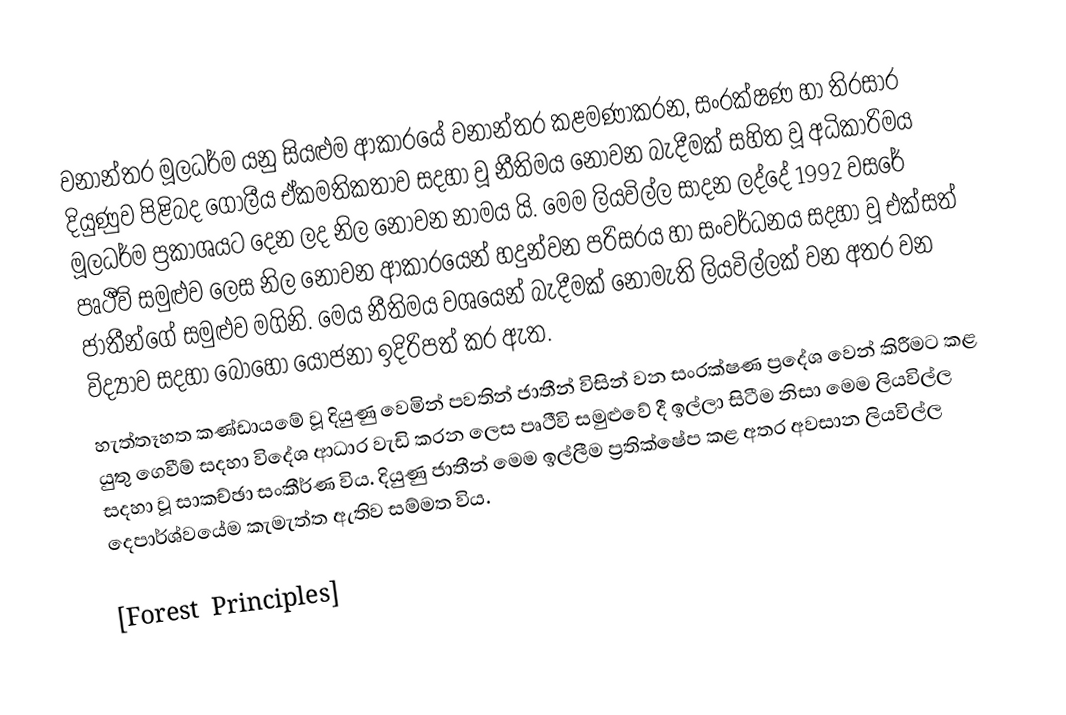
වනාන්තර මූලධර්ම යනු සියළුම ආකාරයේ වනාන්තර කළමණාකරන, සංරක්ෂණ හා තිරසාර දියුණුව පිළිබද ගෝලීය ඒකමතිකතාව සදහා වූ නීතිමය නොවන බැදීමක් සහිත වූ අධිකාරිමය මූලධර්ම ප්‍රකාශයට දෙන ලද නිල නොවන නාමය යි. මෙම ලියවිල්ල සාදන ලද්දේ 1992 වසරේ පෘථීවි සමුළුව ලෙස නිල නොවන ආකාරයෙන් හදුන්වන පරිසරය හා සංවර්ධනය සදහා වූ එක්සත් ජාතීන්ගේ සමුළුව මගිනි. මෙය නීතිමය වශයෙන් බැදීමක් නොමැති ලියවිල්ලක් වන අතර වන විද්‍යාව සදහා බොහෝ යෝජනා ඉදිරිපත් කර ඇත.
හැත්තෑහත කණ්ඩායමේ වූ දියුණු වෙමින් පවතින් ජාතීන් විසින් වන සංරක්ෂණ ප්‍රදේශ වෙන් කිරීමට කළ යුතු ගෙවීම් සදහා විදේශ ආධාර වැඩි කරන ලෙස පෘථීවි සමුළු‍වේ දී ඉල්ලා සිටීම නිසා මෙම ලියවිල්ල සදහා වූ සාකච්ඡා සංකීර්ණ විය. දියුණු ජාතීන් මෙම ඉල්ලීම ප්‍රතික්ෂේප කළ අතර අවසාන ලියවිල්ල දෙපාර්ශ්වයේම කැමැත්ත ඇතිව සම්මත විය.

[Forest Principles]